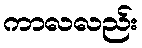
ကာလလည်း